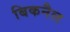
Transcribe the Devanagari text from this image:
बिकनैल